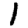
Digit: 1